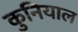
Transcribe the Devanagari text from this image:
कुनियाल